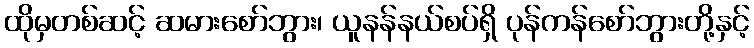
ထိုမှတစ်ဆင့် ဆမားစော်ဘွား၊ ယူနန်နယ်စပ်ရှိ ပုန်ကန်စော်ဘွားတို့နှင့်